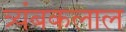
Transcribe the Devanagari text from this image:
त्र्यंबकलाल